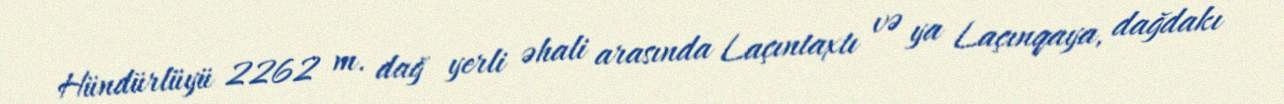
Hündürlüyü 2262 m. dağ yerli əhali arasında Laçıntaxtı və ya Laçınqaya, dağdakı